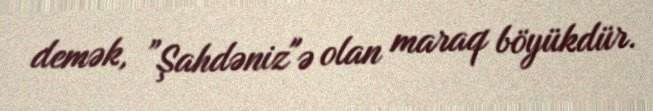
demək, ”Şahdəniz"ə olan maraq böyükdür.